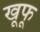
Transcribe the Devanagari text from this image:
खूफू